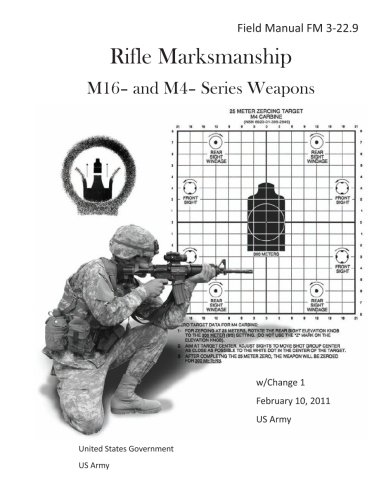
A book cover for Field Manual FM 3-22.9 Rifle Marksmanship M16- and M4- Series Weapons w/Change 1 February 10, 2011 US Army; United States Government US Army; Law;